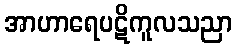
အာဟာရေပဋိကူလသညာ